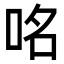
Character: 𠱷